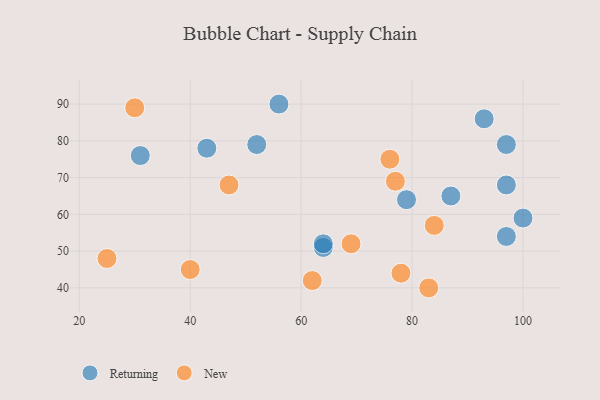
{"axis": {"x": "GDP", "y": "Life Expectancy"}, "legend": ["New", "Returning"], "data": [{"x": "100", "y": 59, "type": "Returning"}, {"x": "52", "y": 79, "type": "Returning"}, {"x": "64", "y": 51, "type": "Returning"}, {"x": "93", "y": 86, "type": "Returning"}, {"x": "56", "y": 90, "type": "Returning"}, {"x": "31", "y": 76, "type": "Returning"}, {"x": "97", "y": 79, "type": "Returning"}, {"x": "97", "y": 68, "type": "Returning"}, {"x": "64", "y": 52, "type": "Returning"}, {"x": "79", "y": 64, "type": "Returning"}, {"x": "43", "y": 78, "type": "Returning"}, {"x": "87", "y": 65, "type": "Returning"}, {"x": "97", "y": 54, "type": "Returning"}, {"x": "40", "y": 45, "type": "New"}, {"x": "77", "y": 69, "type": "New"}, {"x": "78", "y": 44, "type": "New"}, {"x": "25", "y": 48, "type": "New"}, {"x": "83", "y": 40, "type": "New"}, {"x": "30", "y": 89, "type": "New"}, {"x": "47", "y": 68, "type": "New"}, {"x": "84", "y": 57, "type": "New"}, {"x": "76", "y": 75, "type": "New"}, {"x": "62", "y": 42, "type": "New"}, {"x": "69", "y": 52, "type": "New"}]}